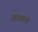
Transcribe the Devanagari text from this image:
आतड्याना